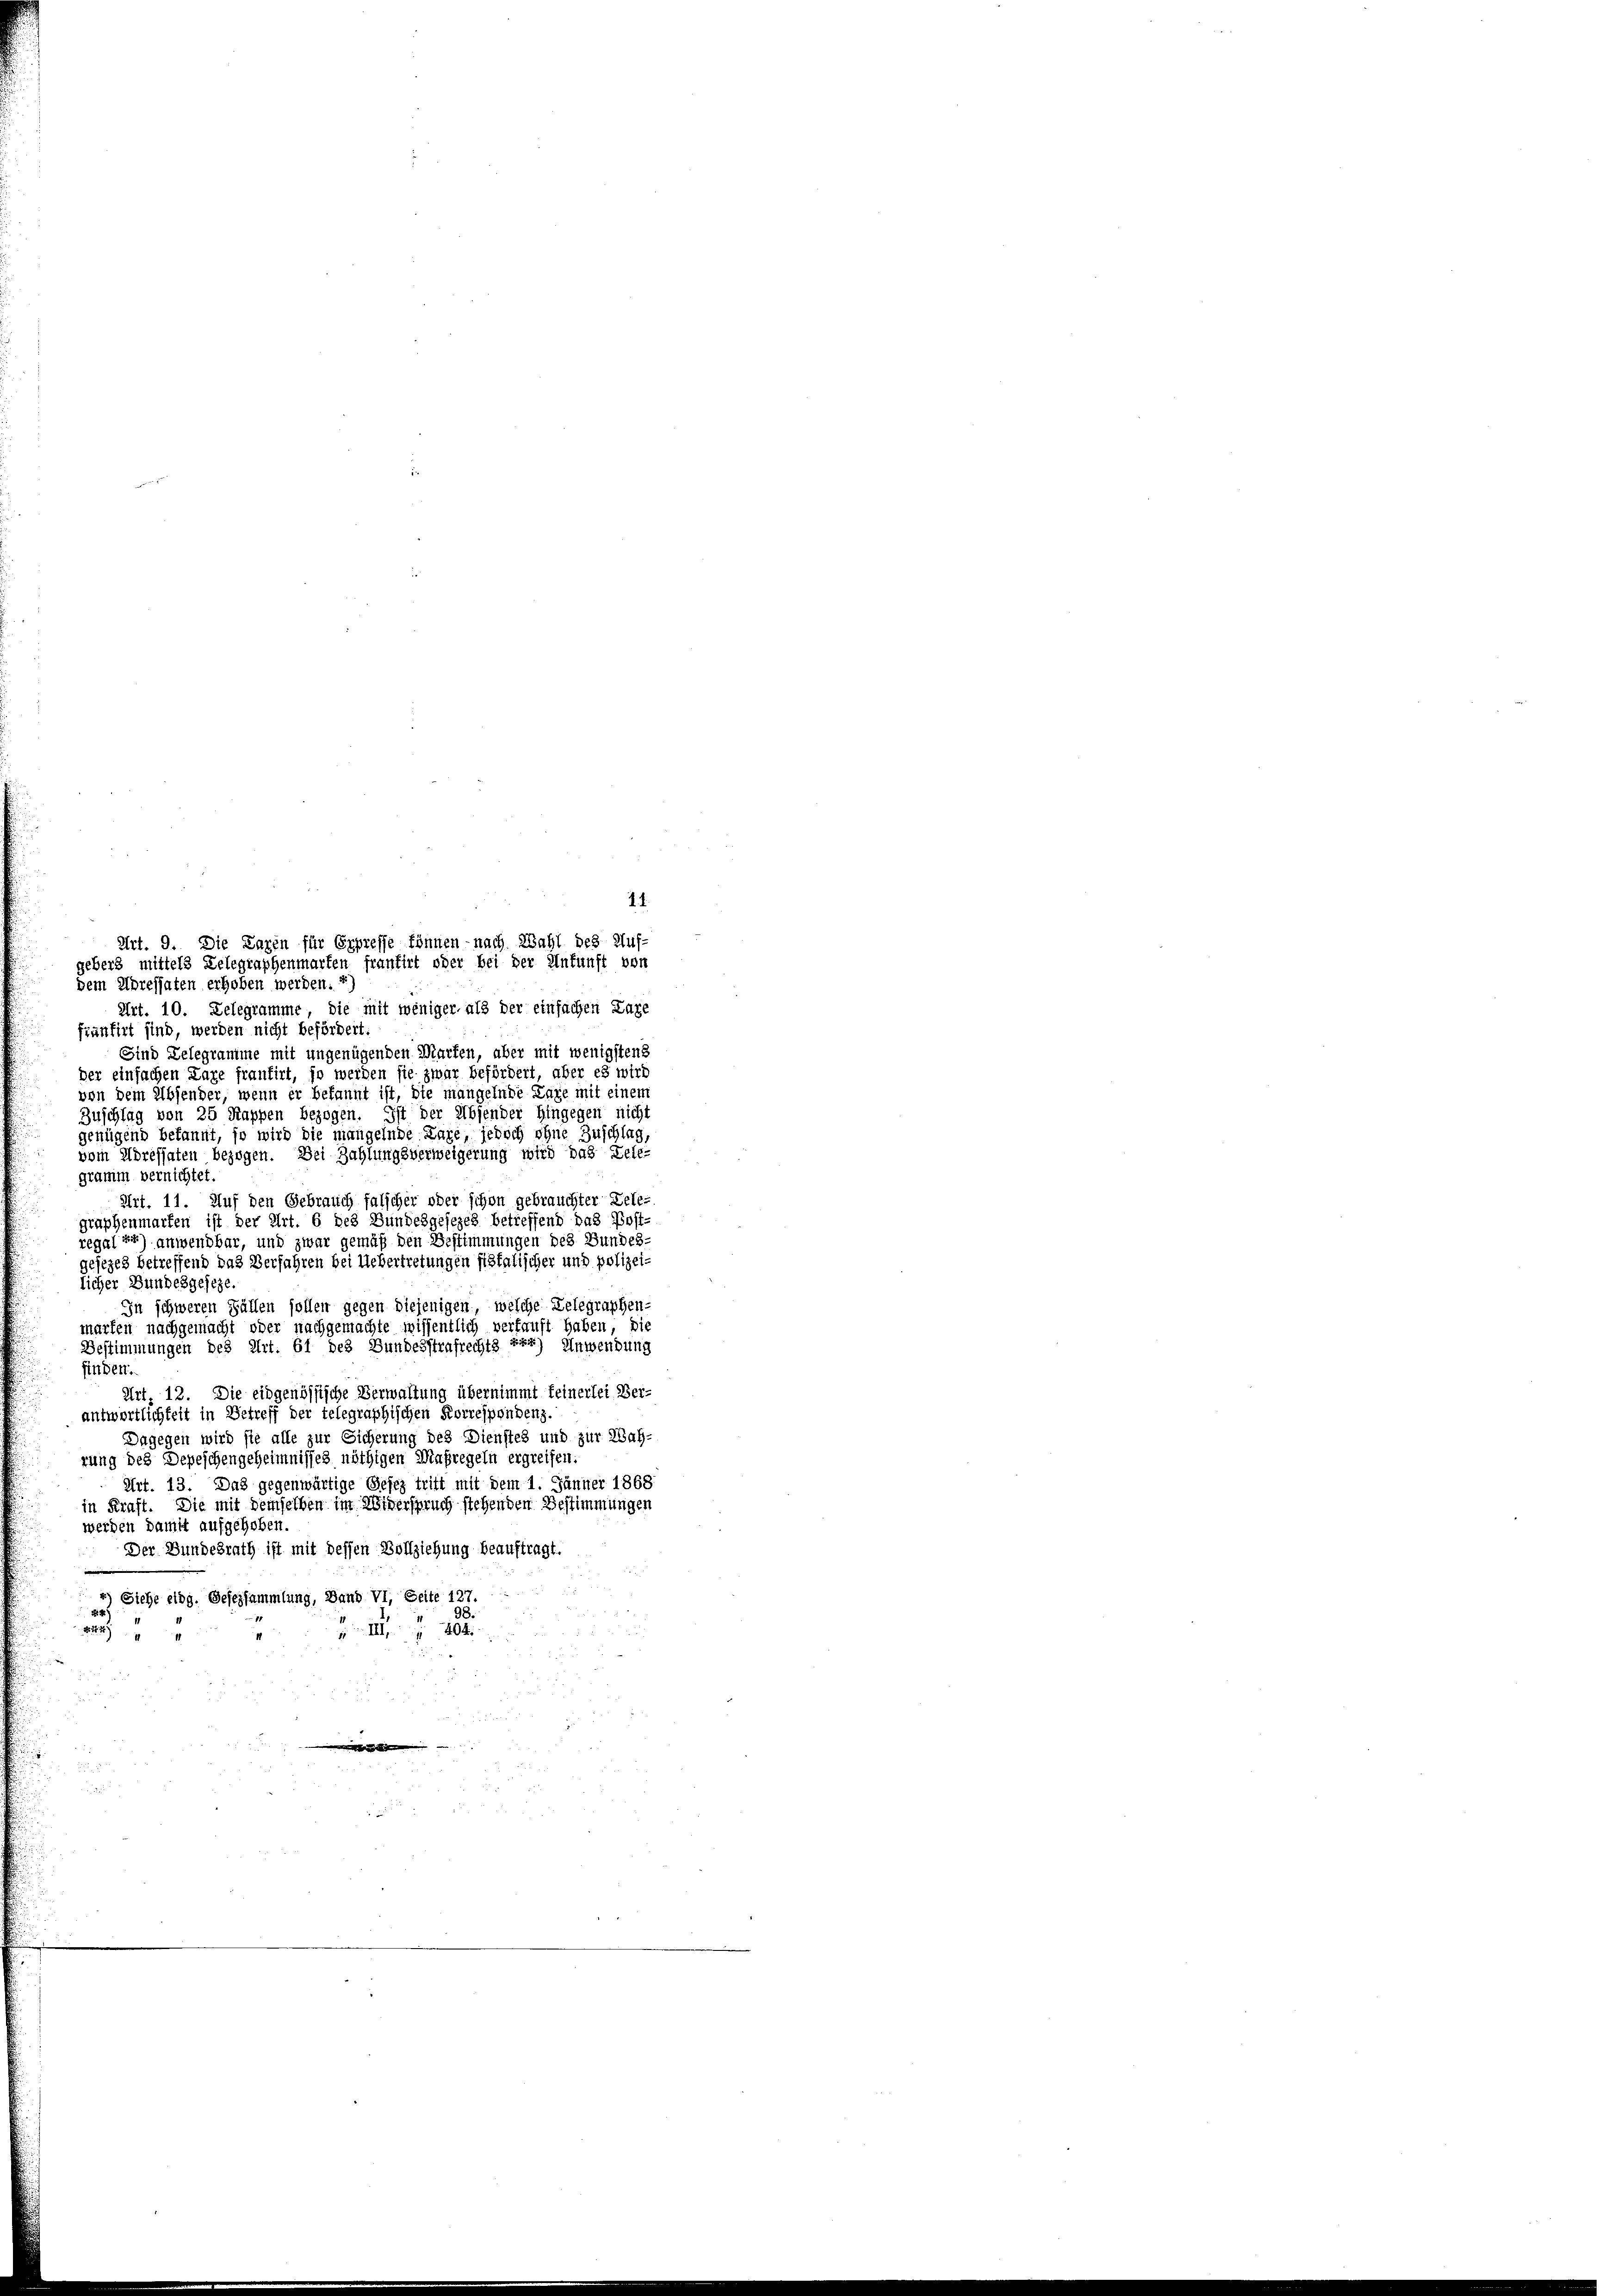
Art. 9. Die Paren für Erpresse können - nach Wahl des Auf-
gebers mittels Telegraphenmarken frantirt oder bei der Ankunft von
dem pressaten erhoben werden. *)
Art. 10. Telegramme, die mit weniger als der einfachen Lage
fiantirt sind, werden nicht befördert:
Sind Delegramme mit ungenügenden Marken, aber mit wenigstens
der einfachen Lare frantirt, so werden sie zwar befördert, aber es wird
von dem Absender, wenn er bekannt ist, die mangelnde Lage mit einem
Zuschlag von 25 Kappen bezogen. Ist der Absender Hingegen nicht
genügend bekannt, so wird die mangelnde Lage, jedoch ohne Zuschlag,
vom Adressaten bezogen. Bei Zahlungsverweigerung wird das Lele-
gramm vernichtet.
Art. 11. Auf den Gebrauch falscher oder schon gebrauchter Dele-
graphenmarken ist der Art. 6 des Bundesgesezes betreffend das Post-
regel 2) anwendbar, und zwar gemäß den Bestimmungen des Bundes-
gesezes betreffend das Verfahren bei Uebertretungen fiskalischer und polizeilicher Bundesgeseze.
In schweren Fällen sollen gegen diejenigen, welche Delegraphen-
marten nachgemacht oder nachgemachte wissentlich verkauft haben, die
Bestimmungen des Art. 61 des Bundesstrafrechts zur Anwendung
finden.
Art. 12. Die eidgenössische Verwaltung übernimmt feinerlei Ver-
antwortlichkeit in Betreff der telegraphischen Korrespondenz.
Dagegen wird sie alle zur Sicherung des Dienstes und zur Wah-
rung des Depeschengeheimnisses nöthigen Maßregeln ergreifen.
Art. 13. Das gegenwärtige Gesez tritt mit dem 1. Jänner 1868
in Kraft. Die mit demselben im Widerspruch stehenden Bestimmungen
werden damit aufgehoben.
Der Bundesrath ist mit dessen Vollziehung beauftragt.
4) Siehe eidg. Gesezsammlung, Band VI, Seite 127.
 III 404
2244

.

e

14.